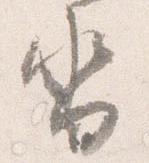
沓